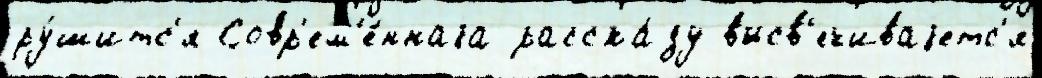
ру́шитс'я Совр'ем'е́ннаjа расска́зу высв'ечиваjетс'я